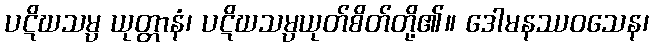
ပဋိဃသမ္ပ ယုတ္တာနံ၊ ပဋိဃသမ္ပယုတ်စိတ်တို့၏။ ဒေါမနဿဝသေန၊